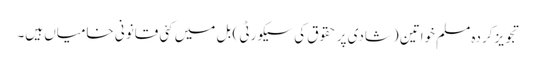
تجویز کردہ مسلم خواتین (شادی پر حقوق کی سیکورٹی ) بل میں کئی قانونی خامیاں ہیں۔